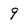
Character: 9